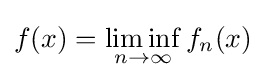
f(x)=\liminf _{n\to \infty }f_{n}(x)